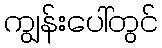
ကျွန်းပေါ်တွင်